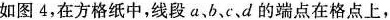
如图4，在方格纸中，线段a、b、c、d的端点在格点上，